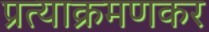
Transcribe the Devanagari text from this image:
प्रत्याक्रमणकर